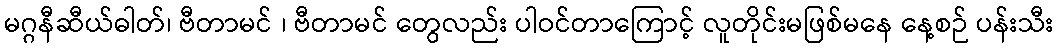
မဂ္ဂနီဆီယ်ဓါတ်၊ ဗီတာမင် ၊ ဗီတာမင် တွေလည်း ပါဝင်တာကြောင့် လူတိုင်းမဖြစ်မနေ နေ့စဉ် ပန်းသီး